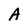
Character: A